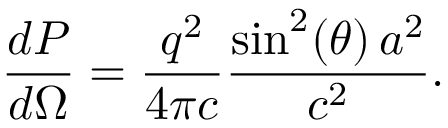
{ \frac { d P } { d \Omega } } = { \frac { q ^ { 2 } } { 4 \pi c } } { \frac { \sin ^ { 2 } ( \theta ) \, a ^ { 2 } } { c ^ { 2 } } } .